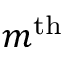
m ^ { \mathrm { t h } }